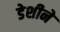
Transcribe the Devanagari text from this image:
डेशीने